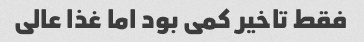
فقط تاخیر کمی بود اما غذا عالی